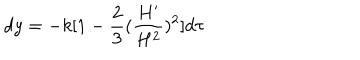
d y = - k [ 1 - \frac { 2 } { 3 } ( \frac { H ^ { \prime } } { H ^ { 2 } } ) ^ { 2 } ] d \tau